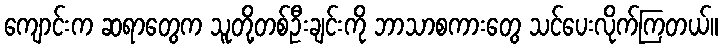
ကျောင်းက ဆရာတွေက သူတို့တစ်ဦးချင်းကို ဘာသာစကားတွေ သင်ပေးလိုက်ကြတယ်။